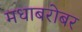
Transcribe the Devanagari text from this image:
मधाबरोबर